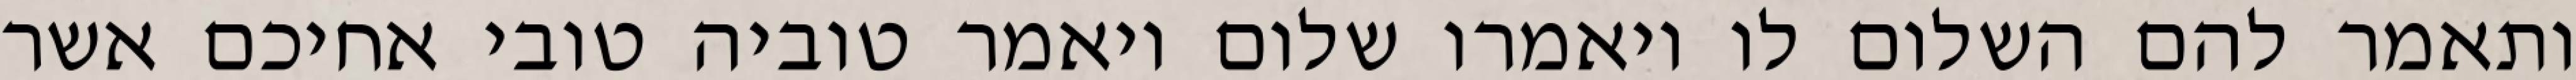
ותאמר להם השלום לו ויאמרו שלום ויאמר טוביה טובי אחיכם אשר